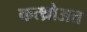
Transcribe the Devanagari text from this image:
कत्थ्रोअत